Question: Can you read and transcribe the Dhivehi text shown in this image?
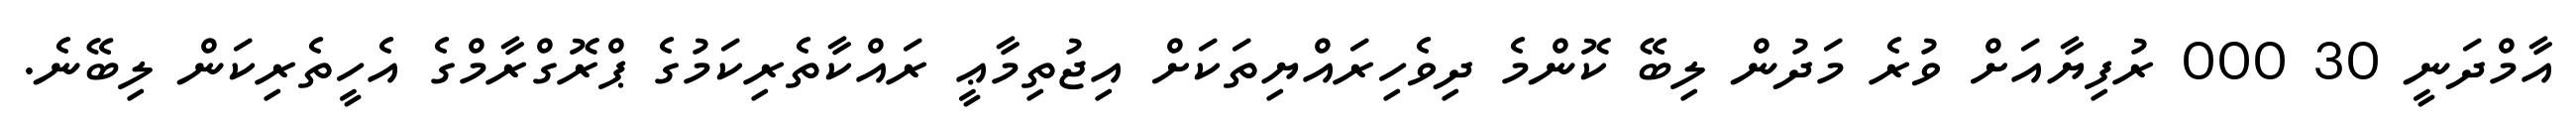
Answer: އާމްދަނީ 30 000 ރުފިޔާއަށް ވުރެ މަދުން ލިބޭ ކޮންމެ ދިވެހިރައްޔިތަކަށް އިޖުތިމާޢީ ރައްކާތެރިކަމުގެ ޕްރޮގްރާމްގެ އެހީތެރިކަން ލިބޭނެ.